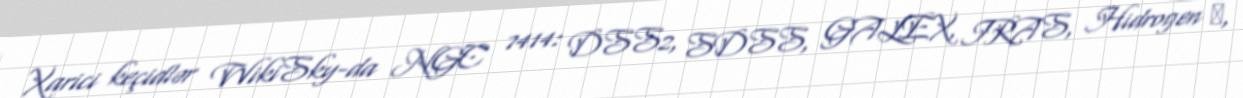
Xarici keçidlər WikiSky-da NGC 7414: DSS2, SDSS, GALEX, IRAS, Hidrogen α,